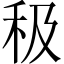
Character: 𥝥